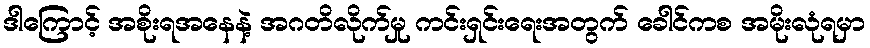
ဒါကြောင့် အစိုးရအနေနဲ့ အဂတိလိုက်မှု ကင်းရှင်းရေးအတွက် ခေါင်ကစ အမိုးလုံရမှာ